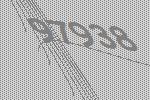
97938